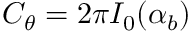
C _ { \theta } = 2 \pi I _ { 0 } ( \alpha _ { b } )